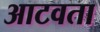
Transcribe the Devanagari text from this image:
आटवता